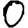
Digit: 0